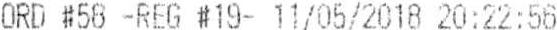
ORD #58 -REG #19- 11/05/2018 20:22:56